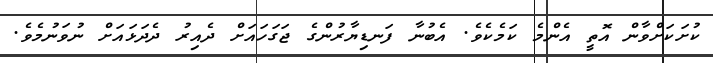
ކުށަކަށްވާން އޮތީ އެންމެ ކަމެކެވެ. އެބުނާ ފަނޑިޔާރުންގެ ޖަގަހައަށް ދެއިރު ދެދަޅައަށް ނުވަނުމެެވެ.